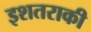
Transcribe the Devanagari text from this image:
इशतराकी